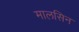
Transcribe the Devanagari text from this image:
मालसिन